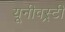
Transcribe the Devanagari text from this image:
यूनीवस्र्टी